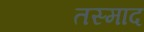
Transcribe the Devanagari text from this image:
तस्माद